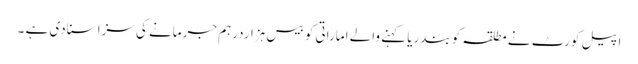
اپیل کورٹ نے مطلقہ کو بندریا کہنے والے اماراتی کو بیس ہزاردرہم جرمانے کی سزا سنادی ہے ۔